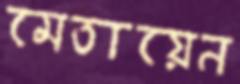
মেতায়েন